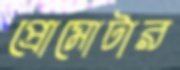
প্রোমোটার